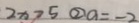
2 x > 5 \textcircled { 2 } a = - 2